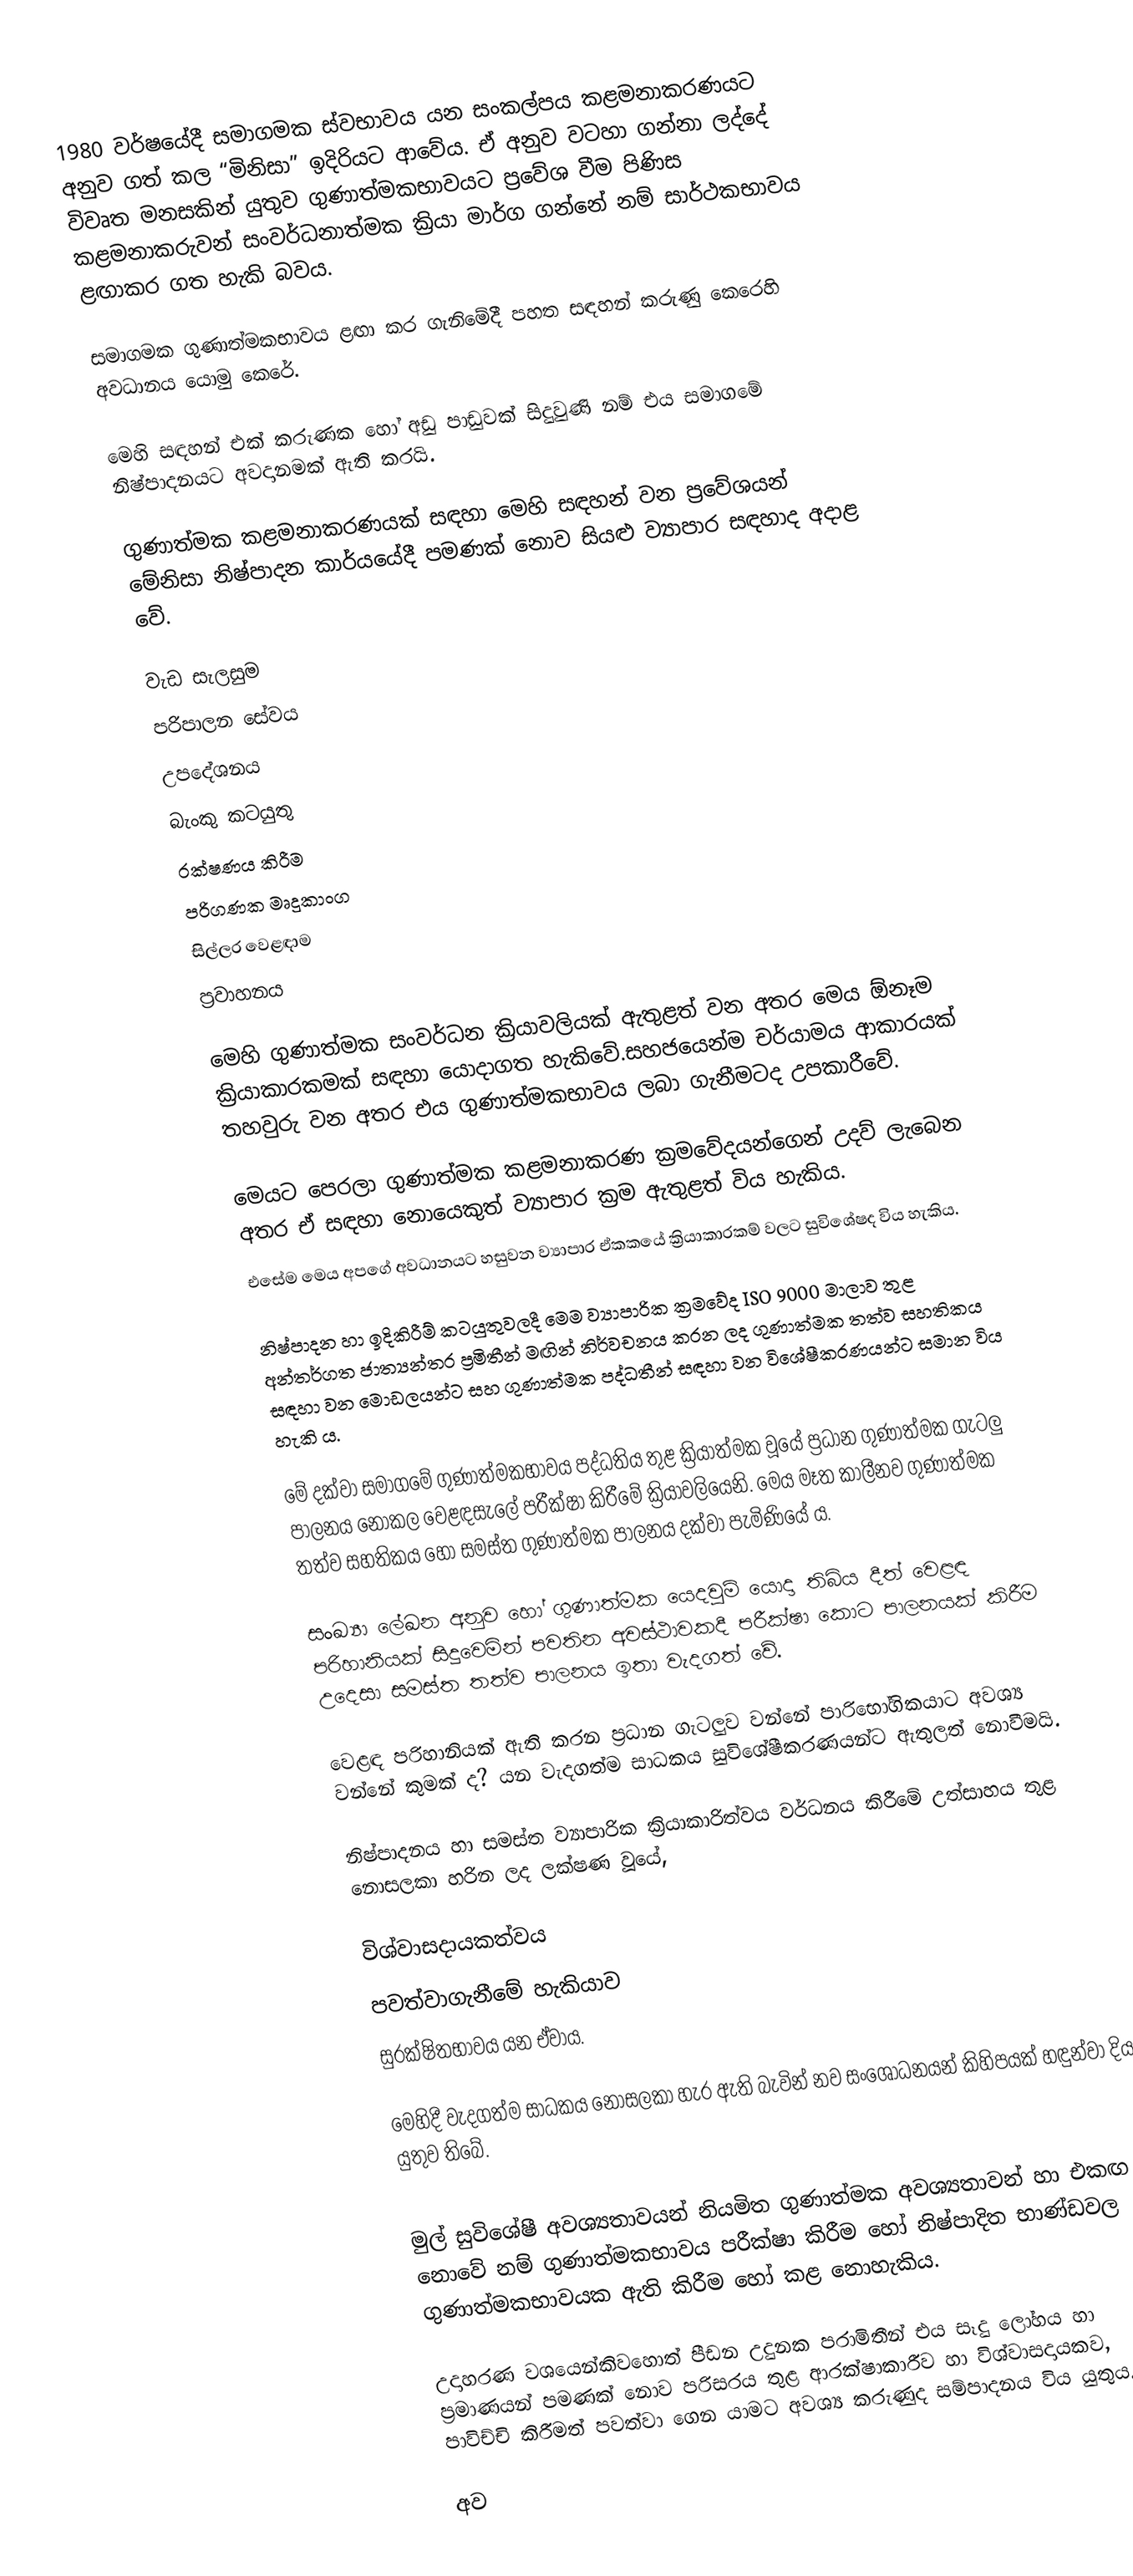
1980 වර්ෂයේදී  සමාගමක ස්වභාවය යන සංකල්පය කළමනාකරණයට  අනුව ගත්  කල  “මිනිසා”  ඉදිරියට ආවේය. ඒ  අනුව වටහා ගන්නා  ලද්දේ විවෘත මනසකින් යුතුව ගුණාත්මකභාවයට  ප්‍රවේශ  වීම  පිණිස  කළමනාකරුවන් සංවර්ධනාත්මක  ක්‍රියා  මාර්ග ගන්නේ නම්  සාර්ථකභාවය  ළඟාකර ගත හැකි  බවය.

සමාගමක ගුණාත්මකභාවය  ළඟා  කර  ගැනිමේදී  පහත  සඳහන්  කරුණු  කෙරෙහි   අවධානය යොමු කෙරේ.

මෙහි  සඳහන් එක් කරුණක හෝ  අඩු  පාඩුවක් සිදුවුණි නම් එය සමාගමේ නිෂ්පා‍දනයට අවදානමක් ඇති කරයි.

ගුණාත්මක කළමනාකරණයක් සඳහා මෙහි සඳහන් වන ප්‍රවේශයන් මේනිසා නිෂ්පාදන  කාර්යයේදී පමණක් නොව සියළු ව්‍යාපාර සඳහාද අදාළ වේ.

	වැඩ සැලසුම
	පරිපාලන සේවය
	උපදේශනය
	බැංකු කටයුතු
	රක්ෂණය කිරීම
	පරිගණක මෘදුකාංග
	සිල්ලර වෙළඳාම
	ප්‍රවාහනය

මෙහි ගුණාත්මක සංවර්ධන ක්‍රියාවලියක් ඇතුළත් වන අතර මෙය ඕනෑම ක්‍රියාකාරකමක්  සඳහා යොදාගත හැකිවේ.සහජයෙන්ම චර්යාමය ආකාරයක් තහවුරු වන අතර එය ගුණාත්මකභාවය ලබා ගැනීමටද උපකාරීවේ.

මෙයට පෙරලා ගුණාත්මක  කළමනාකරණ  ක්‍රමවේදයන්ගෙන් උදව් ලැබෙන අතර ඒ සඳහා නොයෙකුත් ව්‍යාපාර ක්‍රම ඇතුළත් විය හැකිය.
එසේම මෙය අපගේ අවධානයට හසුවන ව්‍යාපාර ඒකකයේ ක්‍රියාකාරකම් වලට  සුවිශේෂද විය හැකිය.

නිෂ්පාදන හා ඉදිකිරීම් කටයුතුවලදී මෙම ව්‍යාපාරික ක්‍රමවේද ISO 9000 මාලාව තුළ අන්තර්ගත ජාත්‍යන්තර ප්‍රමිතීන් මඟින් නිර්වචනය කරන ලද ගුණාත්මක තත්ව සහතිකය සඳහා වන මොඩලයන්ට සහ  ගුණාත්මක පද්ධතීන් සඳහා වන විශේෂීකරණයන්ට සමාන විය හැකි ය.

මේ දක්වා සමාගමේ ගුණාත්මකභාවය පද්ධතිය තුළ ක්‍රියාත්මක වූයේ ප්‍රධාන ගුණාත්මක ගැටලු පාලනය නොකල වෙළඳසැලේ පරීක්ෂා කිරීමේ ක්‍රියාවලියෙනි. මෙය මෑත කාලීනව ගුණාත්මක තත්ව සහතිකය හෝ සමස්ත ගුණාත්මක පාලනය දක්වා පැමිණියේ ය.

සංඛ්‍යා ලේඛන අනුව ‍හෝ ගුණාත්මක යෙදවුම් යොදා තිබිය දීත් වෙළඳ පරිහානියක්   සිදුවෙමින්  පවතින  අවස්ථාවකදී  පරීක්ෂා කොට පාලනයක්  කිරීම  උදෙසා   සමස්ත තත්ව පාලනය ඉතා වැදගත් වේ.

වෙළඳ පරිහානියක් ඇති කරන ප්‍රධාන ගැටලුව වන්නේ පාරිභෝගිකයාට අවශ්‍ය වන්නේ කුමක් ද? යන වැදගත්ම සාධකය සුවිශේෂීකරණයන්ට ඇතුලත් නොවීමයි.

නිෂ්පාදනය හා සමස්ත ව්‍යාපාරික ක්‍රියාකාරිත්වය වර්ධනය කිරීමේ උත්සාහය තුළ නොසලකා හරින ලද ලක්ෂණ වූයේ,

විශ්වාසදායකත්වය
පවත්වාගැනීමේ හැකියාව
සුරක්ෂිතභාවය යන ඒවාය.

මෙහිදී වැදගත්ම සාධකය නොසලකා හැර ඇති බැවින් නව සංශෝධනයන් කිහිපයක් හඳුන්වා දිය යුතුව තිබේ.

මුල් සුවිශේෂී අවශ්‍යතාවයන් නියමිත ගුණාත්මක අවශ්‍යතාවන් හා එකඟ නොවේ නම්  ගුණාත්මකභාවය පරීක්ෂා කිරීම හෝ නිෂ්පාදිත භාණ්ඩවල ගුණාත්මකභාවයක ඇති කිරීම හෝ කළ නොහැකිය.

උදාහරණ වශයෙන්කිවහොත් පීඩන උදුනක පරාමිතීන් එය සෑදු ලෝහය හා ප්‍රමාණයන් පමණක් නොව පරිසරය තුළ ආරක්ෂාකාරීව හා විශ්වාසදායකව, පාවිච්චි කිරීමත් පවත්වා ‍ගෙන යාමට අවශ්‍ය කරුණුද සම්පාදනය විය යුතුය.

අව